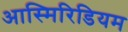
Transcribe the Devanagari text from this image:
आस्मिरिडियम